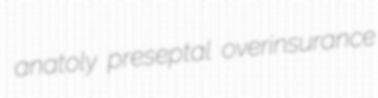
anatoly preseptal overinsurance